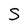
Character: S